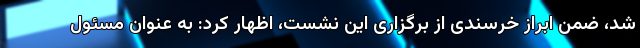
شد، ضمن ابراز خرسندی از برگزاری این نشست، اظهار کرد: به عنوان مسئول